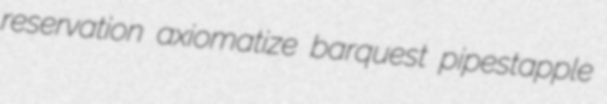
reservation axiomatize barquest pipestapple